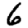
Digit: 6